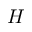
H